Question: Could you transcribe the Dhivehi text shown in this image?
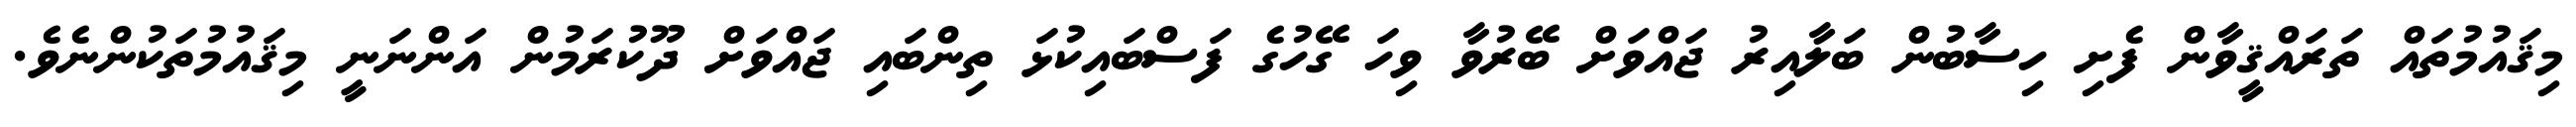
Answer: މިޤައުމުތައް ތަރައްޤީވާން ފެށި ހިސާބުން ބަލާއިރު ޖައްވަށް ބޭރުވާ ވިހަ ގޭހުގެ ފަސްބައިކުޅަ ތިންބައި ޖައްވަށް ދޫކުރަމުން އަންނަނީ މިޤައުމުތަކުންނެވެ.